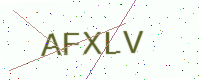
Text: AFXLV